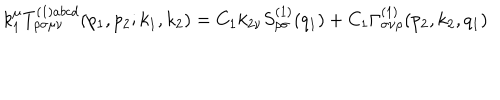
LaTeX: k _ { 1 } ^ { \mu } T _ { \rho \sigma \mu \nu } ^ { ( 1 ) a b c d } ( p _ { 1 } , p _ { 2 } ; k _ { 1 } , k _ { 2 } ) = C _ { 1 } k _ { 2 \nu } S _ { \rho \sigma } ^ { ( 1 ) } ( q _ { 1 } ) + C _ { 1 } \Gamma _ { \sigma \nu \rho } ^ { ( 1 ) } ( p _ { 2 } , k _ { 2 } , q _ { 1 } )